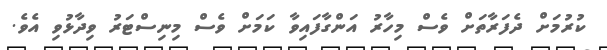
ކުރުމަށް ދެފަރާތަށް ވެސް މިހާރު އަންގާފައިވާ ކަމަށް ވެސް މިނިސްޓަރު ވިދާޅުވި އެވެ.